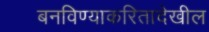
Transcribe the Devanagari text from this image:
बनविण्याकरितादेखील